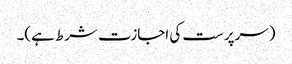
(سرپرست کی اجازت شرط ہے)۔